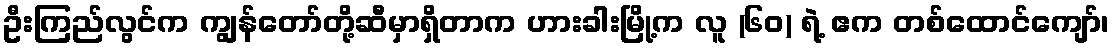
ဦးကြည်လွင်က ကျွန်တော်တို့ဆီမှာရှိတာက ဟားခါးမြို့က လူ (၆၀) ရဲ့ ဧက တစ်ထောင်ကျော်၊